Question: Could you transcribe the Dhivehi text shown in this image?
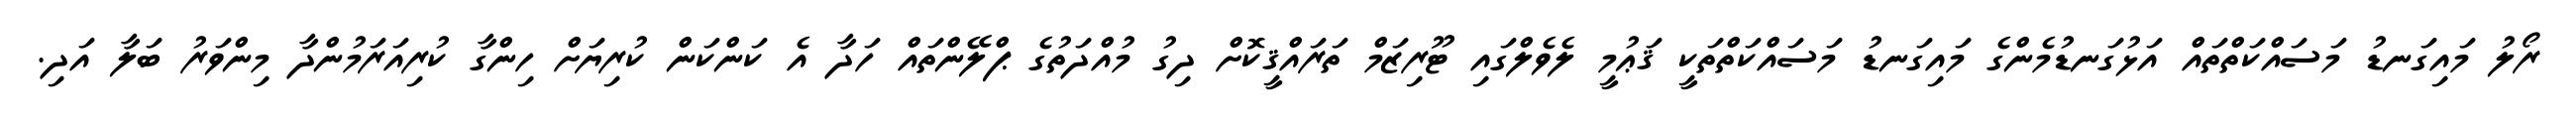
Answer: ރޯލު މައިގަނޑު މަސައްކަތްތައް އަޅުގަނޑުމެންގެ މައިގަނޑު މަސައްކަތްތަކީ ޤަޢުމީ ލެވެލްގައި ޓޫރިޒަމް ތަރައްޤީކޮށް ދިގު މުއްދަތުގެ ޕްލޭންތައް ހަދާ އެ ކަންކަން ކުރިޔަށް ހިންގާ ކުރިއަރަމުންދާ މިންވަރު ބަލާ އަދި.